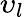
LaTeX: \upsilon_{l}